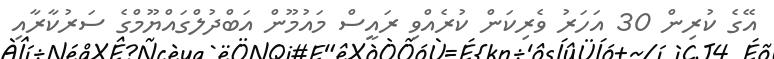
އޭގެ ކުރިން 30 އަހަރު ވެރިކަން ކުރެއްވި ރައީސް މައުމޫން އަބްދުލްގައްޔޫމްގެ ސަރުކާރާއި